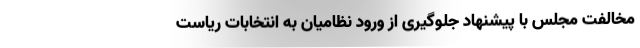
مخالفت مجلس با پیشنهاد جلوگیری از ورود نظامیان به انتخابات ریاست